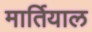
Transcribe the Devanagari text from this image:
मार्तियाल